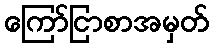
ကြော်ငြာစာအမှတ်